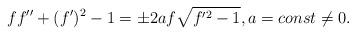
LaTeX: \begin{align*} f f''+(f')^2 - 1= \pm 2a f \sqrt{f'^2 - 1}, a = const \neq 0.\end{align*}